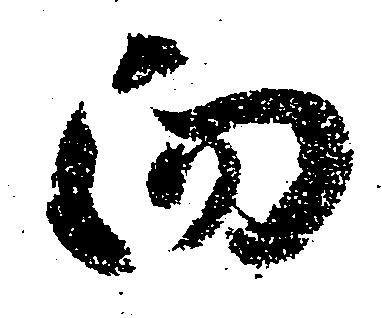
向